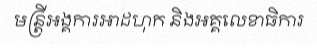
មន្ត្រីអង្គការអាដហុក និងអគ្គលេខាធិការ